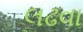
લઢવા